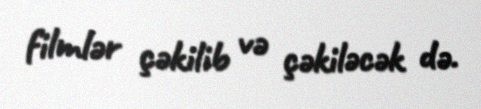
filmlər çəkilib və çəkiləcək də.